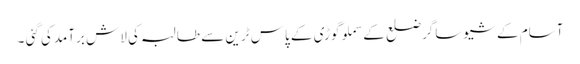
آسام کے شیوساگرضلع کے سملوگوڑی کے پاس ٹرین سے طالبہ کی لاش برآمدکی گئی ۔